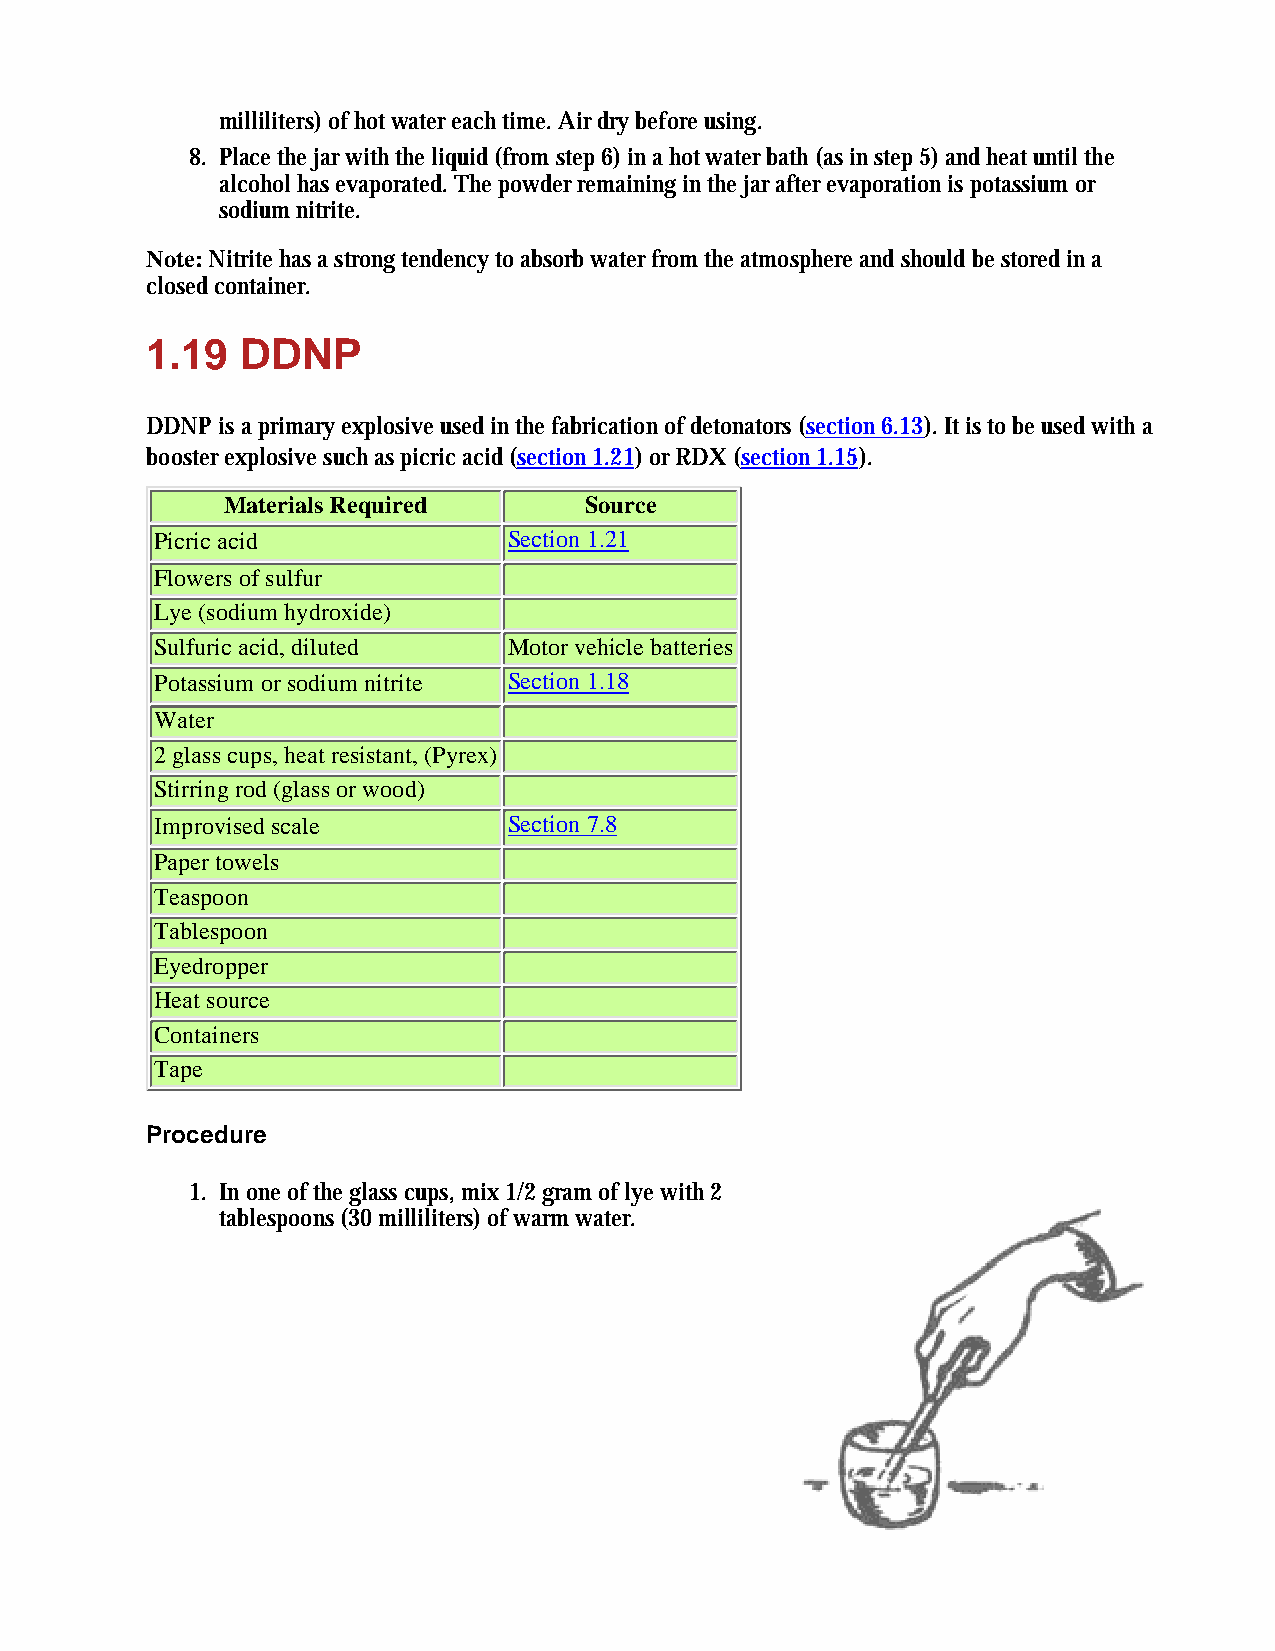
milliliters) of hot water each time. Air dry before using.
 8. Place the jar with the liquid (from step 6) in a hot water bath (as in step 5) and heat until the
 alcohol has evaporated. The powder remaining in the jar after evaporation is potassium or
 sodium nitrite.
 Note: Nitrite has a strong tendency to absorb water from the atmosphere and should be stored in a
 closed container.
 1.19  DDNP
 DDNP is a primary explosive used in the fabrication of detonators (section 6.13). It is to be used with a
 booster explosive such as picric acid (section 1.21) or RDX (section 1.15).
 Materials Required      Source
 Picric acid             Section 1.21
 Flowers of sulfur
 Lye (sodium hydroxide)
 Sulfuric acid, diluted  Motor vehicle batteries
 Potassium or sodium nitrite Section 1.18
 Water
 2 glass cups, heat resistant, (Pyrex)
 Stirring rod (glass or wood)
 Improvised scale        Section 7.8
 Paper towels
 Teaspoon
 Tablespoon
 Eyedropper
 Heat source
 Containers
 Tape
 Procedure
 1. In one of the glass cups, mix 1/2 gram of lye with 2
 tablespoons (30 milliliters) of warm water.